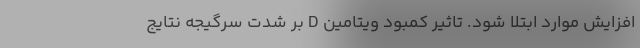
افزایش موارد ابتلا شود. تاثیر کمبود ویتامین D بر شدت سرگیجه نتایج